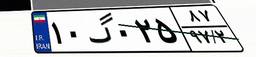
۴۳گ۳۵۴۲۲